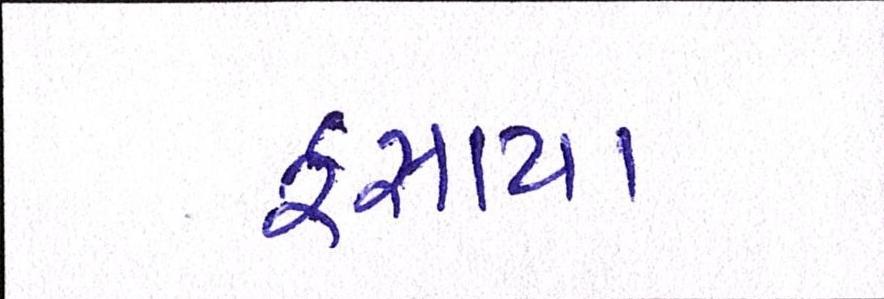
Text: ફસાયા